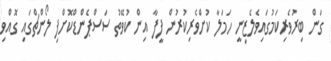
ގަން ބިރުވެރިކަމުގައިވެލެޒިނީ ހަމަލާ ކުށްވެރިކުރުން ފީފާ އިން ކުވޭތު ސަސްޕެންޑްކޮށްފި ލޯންޗްގައި ގޮއްވި